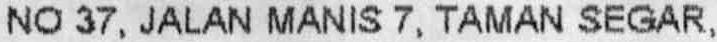
NO 37, JALAN MANIS 7, TAMAN SEGAR,